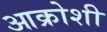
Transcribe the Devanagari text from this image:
आक्रोशी